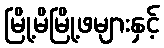
မြို့မိမြို့ဖများနှင့်